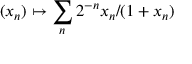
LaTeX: ( x _ { n } ) \mapsto \sum _ { n } { 2 ^ { - n } x _ { n } / ( 1 + x _ { n } ) }